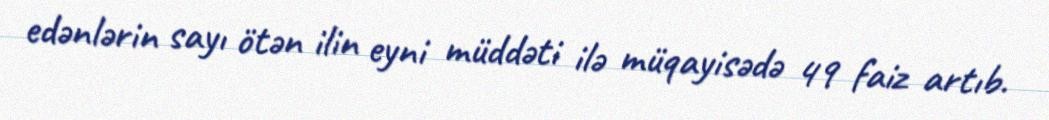
edənlərin sayı ötən ilin eyni müddəti ilə müqayisədə 49 faiz artıb.